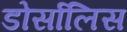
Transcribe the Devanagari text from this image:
डोर्सालिस